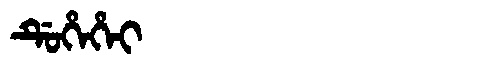
Manchu: ᡩᡠᡥᡝᡥᡝᡳ
Romanization: DUHEHEI